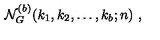
{ \cal N } _ { G } ^ { ( b ) } ( k _ { 1 } , k _ { 2 } , \ldots , k _ { b } ; n ) \ ,